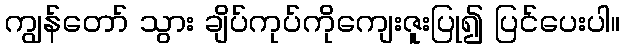
ကျွန်တော် သွား ချိပ်ကုပ်ကိုကျေးဇူးပြု၍ ပြင်ပေးပါ။